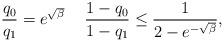
LaTeX: \begin{align*}\frac{q_0}{q_1} = e^{\sqrt \beta}\,\,\, \,\,\,\, \frac{1 - q_0}{1 - q_1} \le \frac{1}{2- e^{-\sqrt{\beta}}},\end{align*}